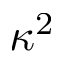
\kappa ^ { 2 }